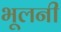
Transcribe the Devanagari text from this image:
भूलनी